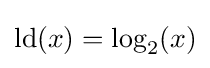
\mathrm {ld} (x)=\log _{2}(x)